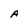
Character: A